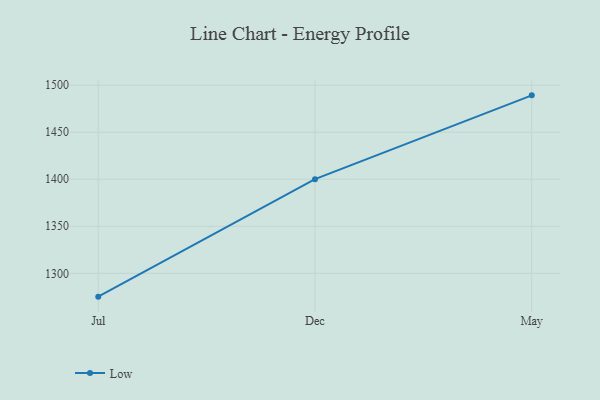
{"axis": {"x": "Month", "y": "Humidity (%)"}, "legend": ["Low"], "data": [{"x": "Jul", "y": 1275.2, "type": "Low"}, {"x": "Dec", "y": 1400.1, "type": "Low"}, {"x": "May", "y": 1489.2, "type": "Low"}]}